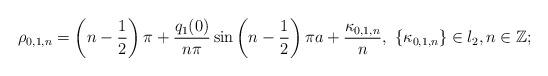
LaTeX: \begin{align*} \rho_{0,1,n}=\left(n-\frac{1}{2}\right)\pi+\frac{q_1(0)}{n\pi}\sin \left(n-\frac{1}{2}\right)\pi a+\frac{\kappa_{0,1,n}}{n},\, \, \{\kappa_{0,1,n}\}\in l_2, n\in\mathbb{Z};\end{align*}